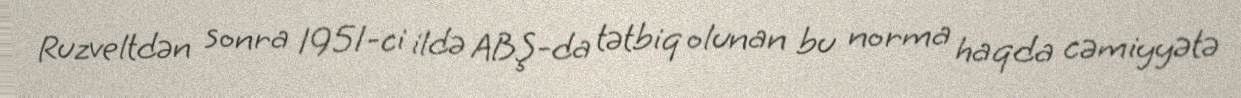
Ruzveltdən sonra 1951-ci ildə ABŞ-da tətbiq olunan bu norma haqda cəmiyyətə